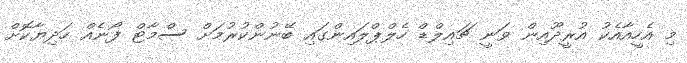
މި އެހީއާއެކު އުރީދޫއިން ވަނީ ޗައިލްޑް ހެލްޕްލައިންގައި ބޭނުންކުރުމަށް ސްމާޓް ފޯނެއް ހަދިޔާކޮށް